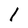
Character: l